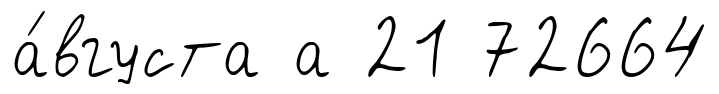
а́вгуста а 21 72664